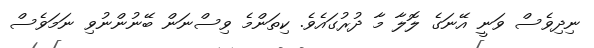
ނިދިވެސް ވަނީ އޭނަގެ ލޮލާ މާ ދުރުގައެވެ. ކިތަންމެ ވިސްނަން ބޭނުންނުވި ނަމަވެސް